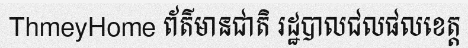
ThmeyHome ព័ត៌មានជាតិ រដ្ឋបាលជលផលខេត្ត